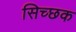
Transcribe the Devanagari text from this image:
सिच्‍छक